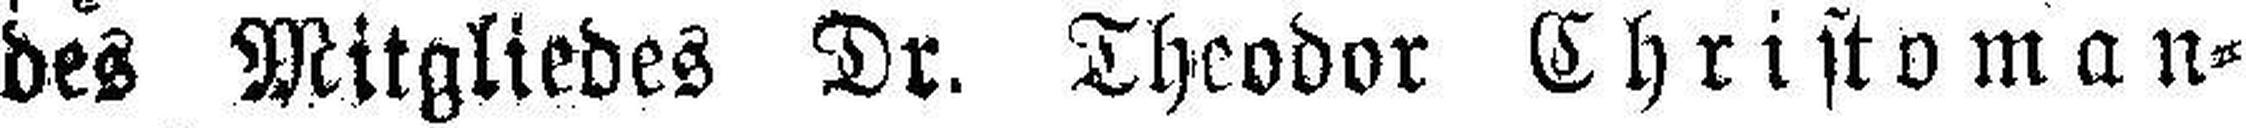
des Mitgliedes Dr. Theodor Christoman¬